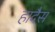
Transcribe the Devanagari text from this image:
हादैस